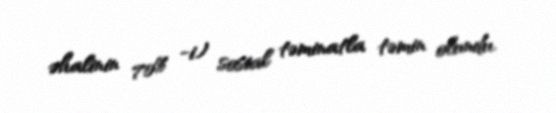
əhalinin 70% -i) sosial təminatla təmin olundu.